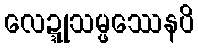
လေဍ္ဍုသမ္ဖဿေနပိ